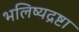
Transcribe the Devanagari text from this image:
भलिष्यद्रष्टा